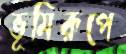
ভূমিরূপে